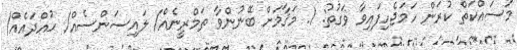
މަސައްކަތް ކުރަން ހަމަޖެހިފައިވާ ވަގުތު: 1. މަޤާމަށް ބޭނުންވާ ތަމްރީނެއް/ ލައިސަންސެއް/ ހުއްދައެއް/